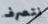
نتصرف